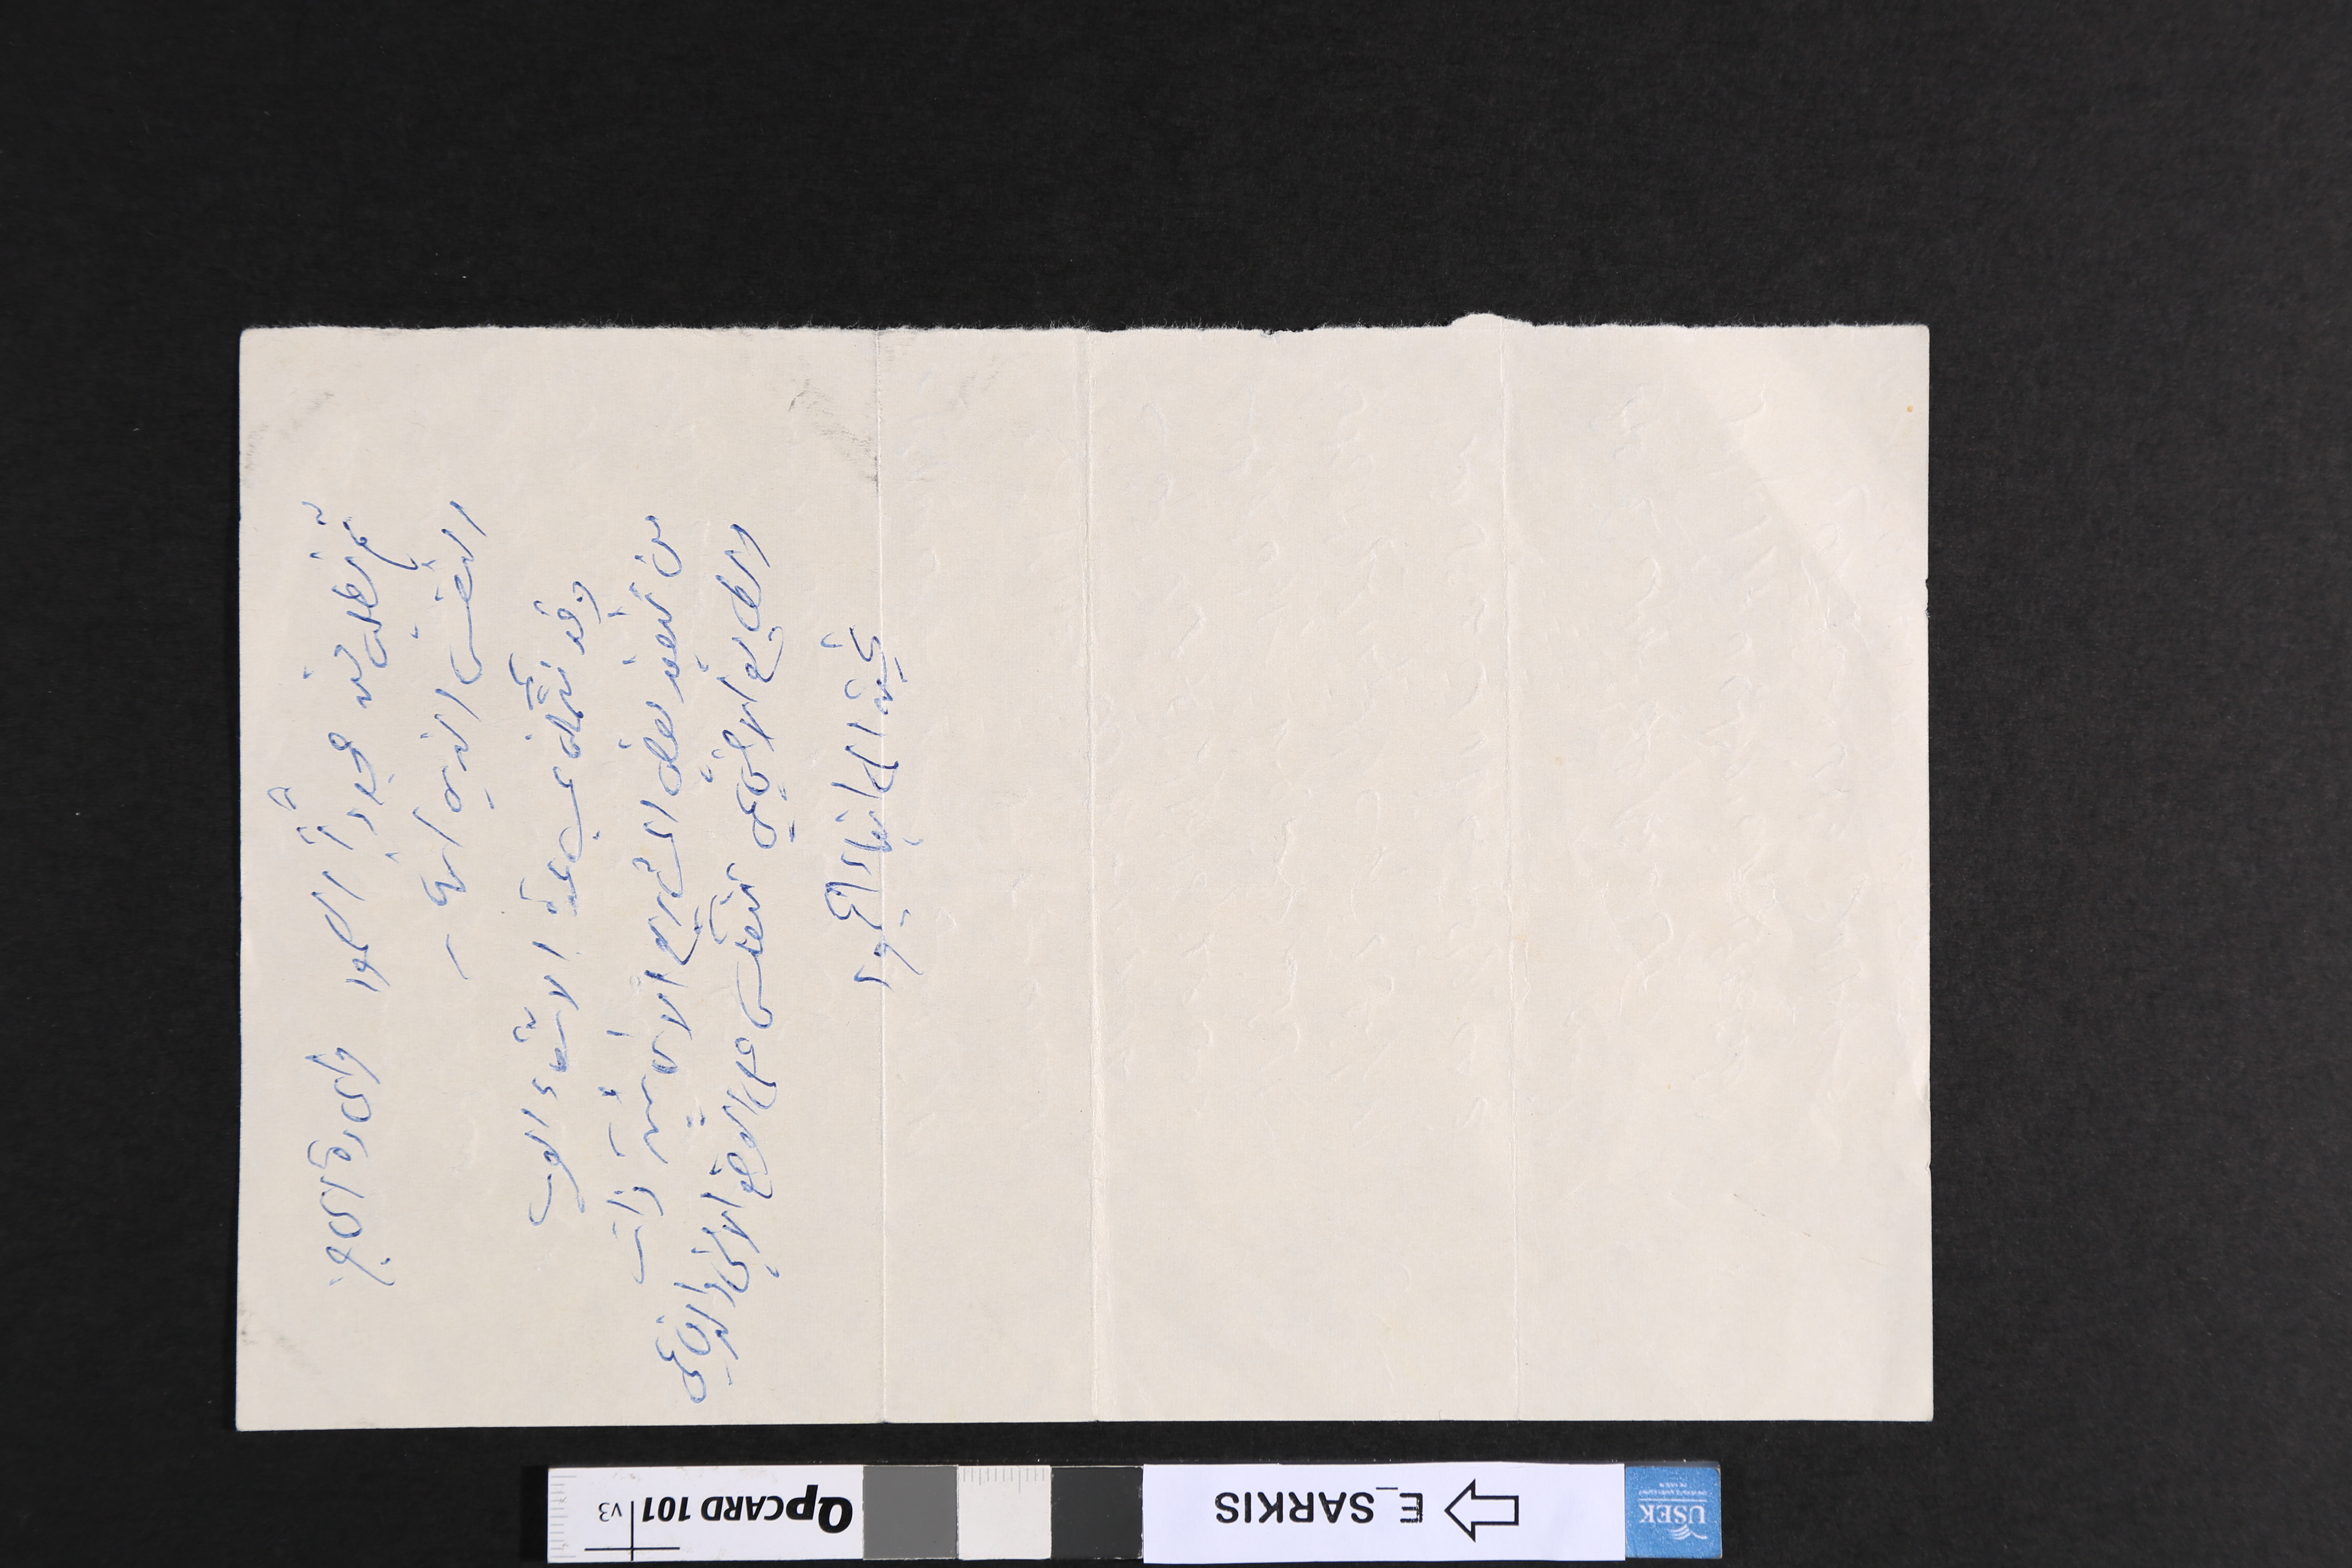
ثم نطلب منه مجدداً الصمود واعادة الحاجز
النفسي الذي انهار
وقد نتمكن بمساعدة الاشقاء العرب
من تنفيذ بعض المشاريع الانمائية ذات
الطابع الاجتماعي تنعكس على الوضع الامني والدفاعي
تحية الى ابناء الجنوب
د
ل